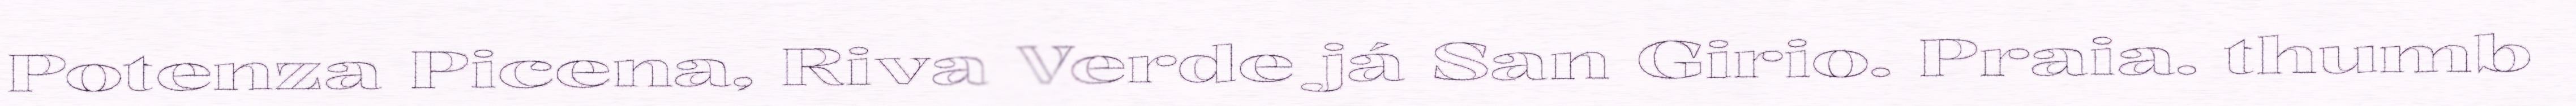
Potenza Picena, Riva Verde já San Girio. Praia. thumb